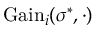
{ \mathrm { G a i n } } _ { i } ( \sigma ^ { * } , \cdot )